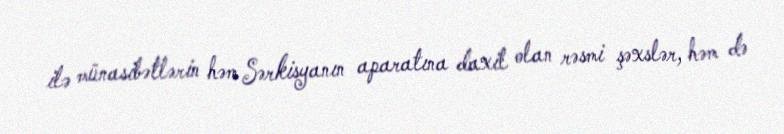
ilə münasibətlərin həm Sərkisyanın aparatına daxil olan rəsmi şəxslər, həm də